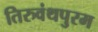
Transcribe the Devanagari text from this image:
तिरुवंथपुरम